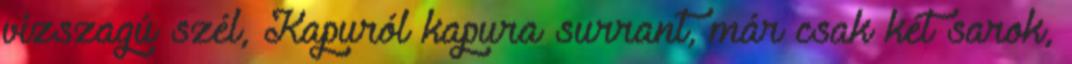
vízszagú szél, Kapuról kapura surrant, már csak két sarok,